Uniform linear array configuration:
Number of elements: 48
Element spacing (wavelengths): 1
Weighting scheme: exponential
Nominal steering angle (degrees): -15
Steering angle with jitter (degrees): -14.277
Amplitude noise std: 0.05
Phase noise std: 0.05

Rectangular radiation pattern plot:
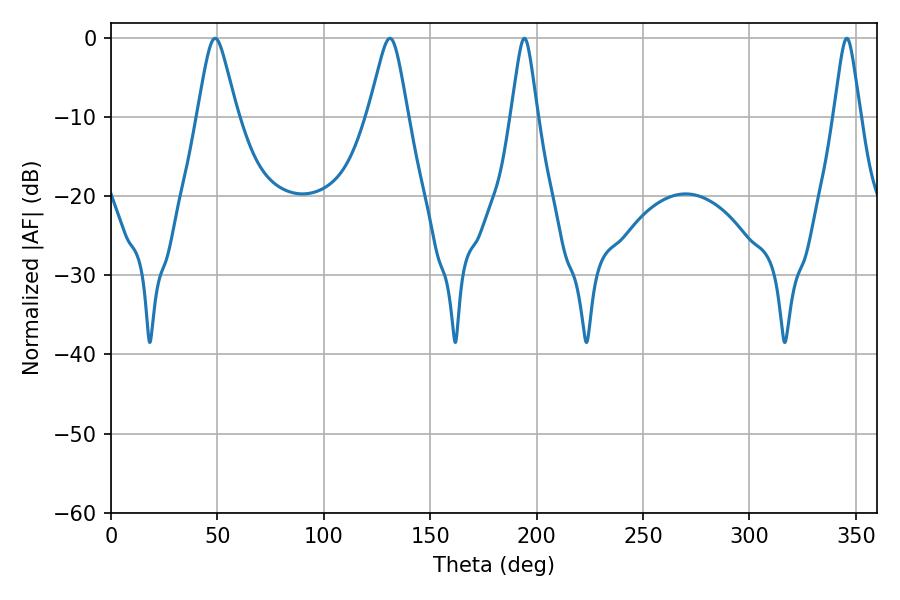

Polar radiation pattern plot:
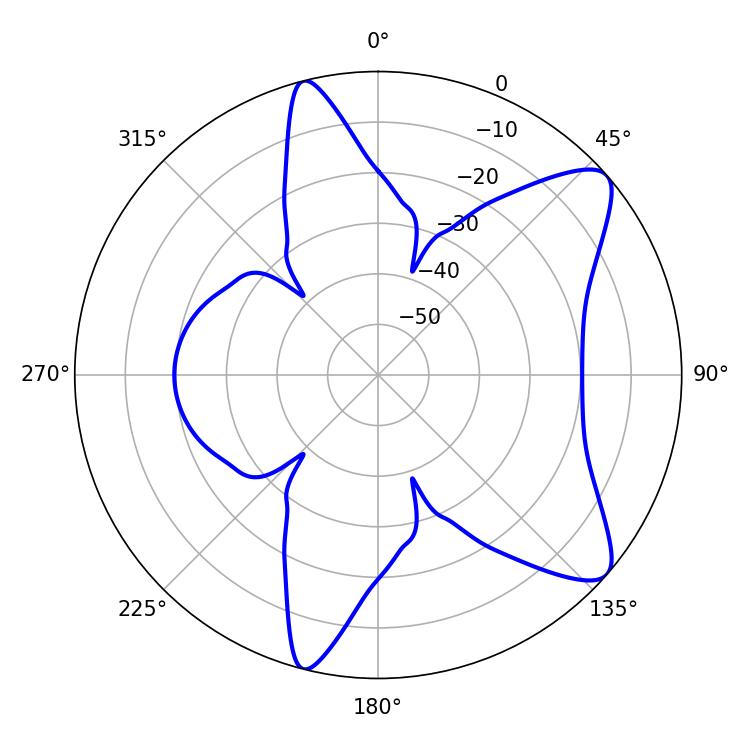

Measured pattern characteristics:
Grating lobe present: TRUE
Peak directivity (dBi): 9.44
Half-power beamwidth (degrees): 8.82
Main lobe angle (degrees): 48.96